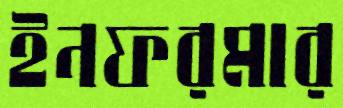
ইনফরমার